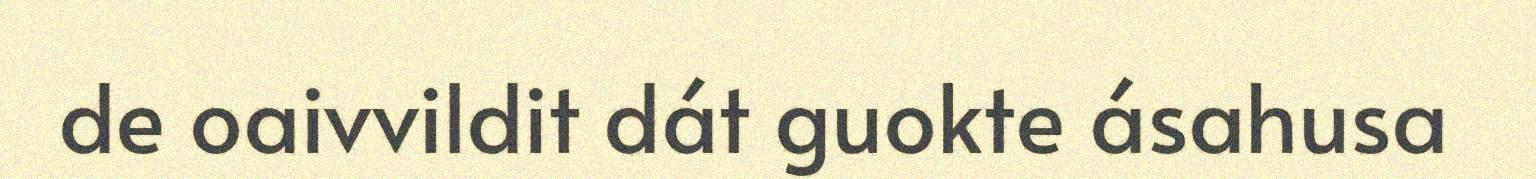
de oaivvildit dát guokte ásahusa